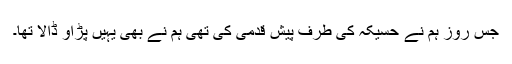
جس روز ہم نے حُسَیْکَہ کی طرف پیش قدمی کی تھی ہم نے بھی یہیں پڑاؤ ڈالا تھا۔